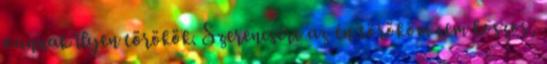
vannak ilyen törökök. Szerencsére az én törököm sem koszos,